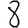
Digit: 8